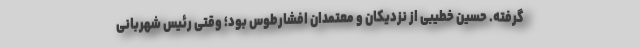
گرفته. حسین خطیبی از نزدیکان و معتمدان افشارطوس بود؛ وقتی رئیس شهربانی